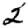
Digit: 2